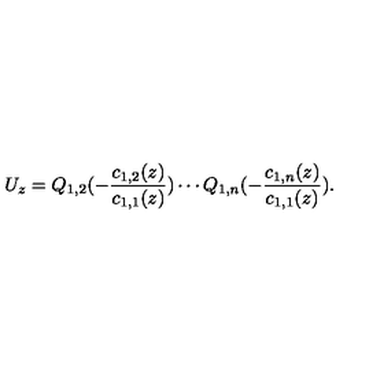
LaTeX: U _ { z } = Q _ { 1 , 2 } ( - \frac { c _ { 1 , 2 } ( z ) } { c _ { 1 , 1 } ( z ) } ) \cdots Q _ { 1 , n } ( - \frac { c _ { 1 , n } ( z ) } { c _ { 1 , 1 } ( z ) } ) .